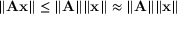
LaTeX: \lVert \mathbf { A } \mathbf { x } \rVert \leq \lVert \mathbf { A } \rVert \lVert \mathbf { x } \rVert \approx \lVert \mathbf { A } \rVert \lVert \mathbf { x } \rVert